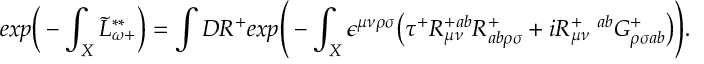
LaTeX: e x p \bigg ( - \int _ { X } \tilde { L } _ { \omega + } ^ { * * } \bigg ) = \int { \cal D } R ^ { + } e x p \Bigg ( - \int _ { X } \epsilon ^ { \mu \nu \rho \sigma } \big ( \tau ^ { + } R _ { \mu \nu } ^ { + a b } R _ { a b \rho \sigma } ^ { + } + i R _ { \mu \nu } ^ { + \ \ a b } G _ { \rho \sigma a b } ^ { + } \big ) \Bigg ) .